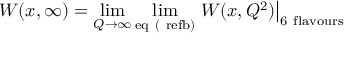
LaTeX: W ( x , \infty ) = \operatorname * { l i m } _ { Q \rightarrow \infty } \operatorname * { l i m } _ { \mathrm { e q \ ( \ r e f { b } ) } } \left. W ( x , Q ^ { 2 } ) \right| _ { \mathrm { 6 \ f l a v o u r s } }